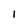
Character: 1